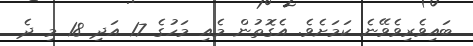
ބައިވެރިވެވޭނެ ކަމަށެވެ. އެގޮތުން މެއި މަހުގެ 17 އަދި 18 މި ދެ